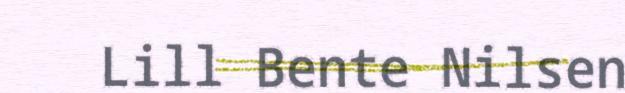
Lill Bente Nilsen